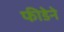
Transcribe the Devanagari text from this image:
फीडेने